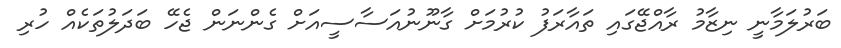
ބަރުލަމާނީ ނިޒާމު ރާއްޖޭގައި ތައާރަފު ކުރުމަށް ގާނޫނުއަސާސީއަށް ގެންނަން ޖެހޭ ބަދަލުތަކެއް ހުރި